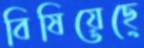
বিষিয়েছে